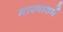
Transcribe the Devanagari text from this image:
मारवाडमें